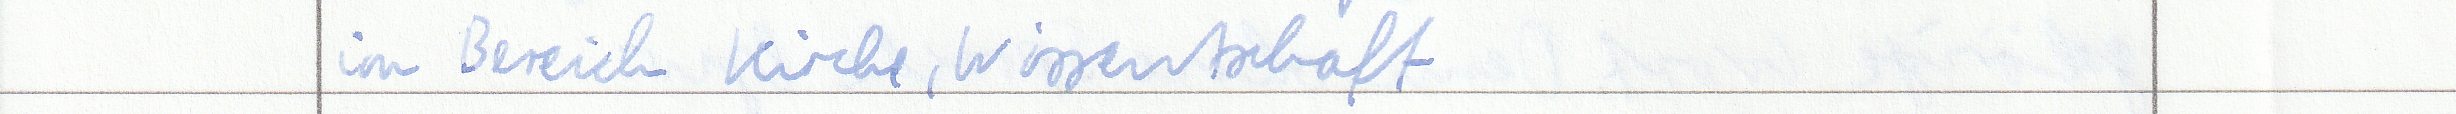
im Bereich Kirche, Wissentschaft